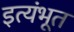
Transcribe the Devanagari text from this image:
इत्यंभूत